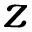
z